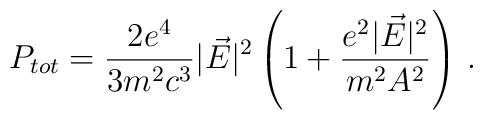
P_{tot}=\frac{2e^4}{3m^2c^3}|\vec{E}|^2\left(1+\frac{e^2|\vec{E}|^2}{m^2A^2}\right)\,{.}